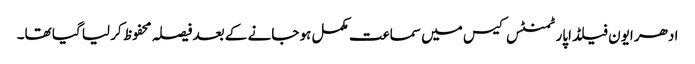
ادھر ایون فیلڈ اپارٹمنٹس کیس میں سماعت مکمل ہو جانے کے بعد فیصلہ محفوظ کر لیا گیا تھا۔